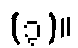
(၃)။